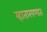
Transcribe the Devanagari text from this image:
म्हातारपणात